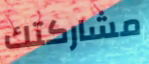
مشاركتك